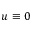
u \equiv 0